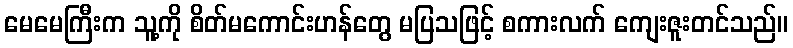
မေမေကြီးက သူ့ကို စိတ်မကောင်းဟန်တွေ မပြသဖြင့် စကားလက် ကျေးဇူးတင်သည်။